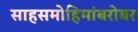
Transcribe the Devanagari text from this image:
साहसमोहिमांबरोबर